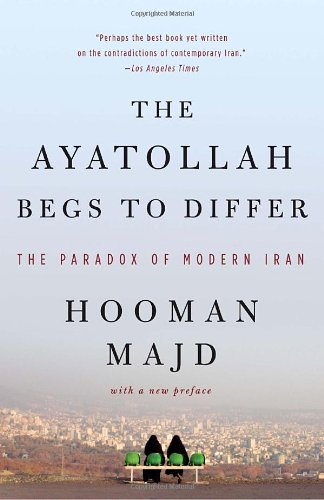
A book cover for The Ayatollah Begs to Differ: The Paradox of Modern Iran; Hooman Majd; History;